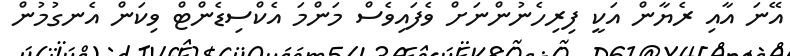
އޭނަ އާއި ރެޔާން އަކީ ފިރިހެނުންނަށް ވެފައިވެސް މަންމަ އެކްސިޑެންޓް ވިކަން އެނގުމުން